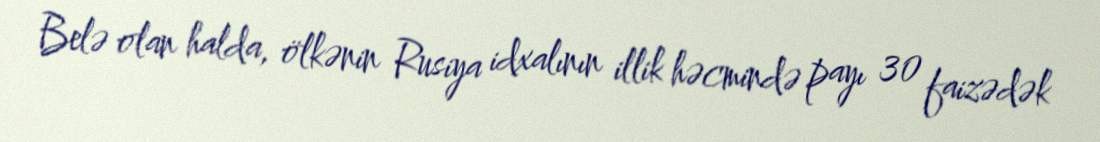
Belə olan halda, ölkənin Rusiya idxalının illik həcmində payı 30 faizədək